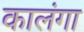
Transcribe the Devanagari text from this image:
कालंगा